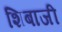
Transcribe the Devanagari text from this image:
शिबाजी